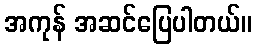
အကုန် အဆင်ပြေပါတယ်။